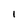
Character: 1